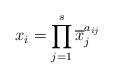
LaTeX: \begin{align*}x_i=\prod_{j=1}^s\overline x_j^{a_{ij}}\end{align*}